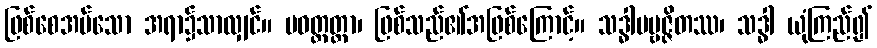
ဖြစ်စေအပ်သော အရာ၌သာလျှင်။ ပဝတ္တတ္တာ၊ ဖြစ်သည်၏အဖြစ်ကြောင့်။ သဒ္ဓါပဗ္ဗဇ္ဇိတဿ၊ သဒ္ဓါ ယုံကြည်၍